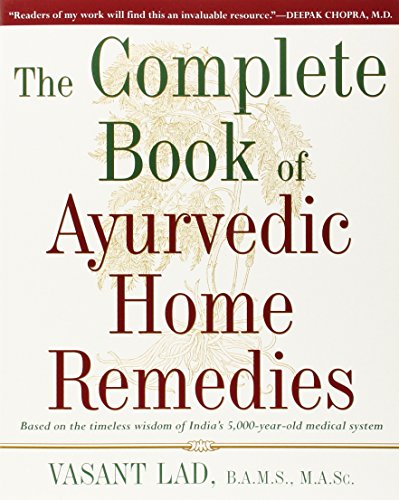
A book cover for The Complete Book of Ayurvedic Home Remedies; Vasant Lad; Health, Fitness & Dieting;